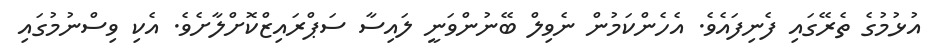
އުޅުމުގެ ތެރޭގައި ފެނިފައެވެ. އެހެންކަމުން ނެވިލް ބޭނުންވަނީ ލައިސާ ސަޕްރައިޒްކޮށްލާށެވެ. އެކި ވިސްނުމުގައި